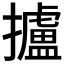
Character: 攎